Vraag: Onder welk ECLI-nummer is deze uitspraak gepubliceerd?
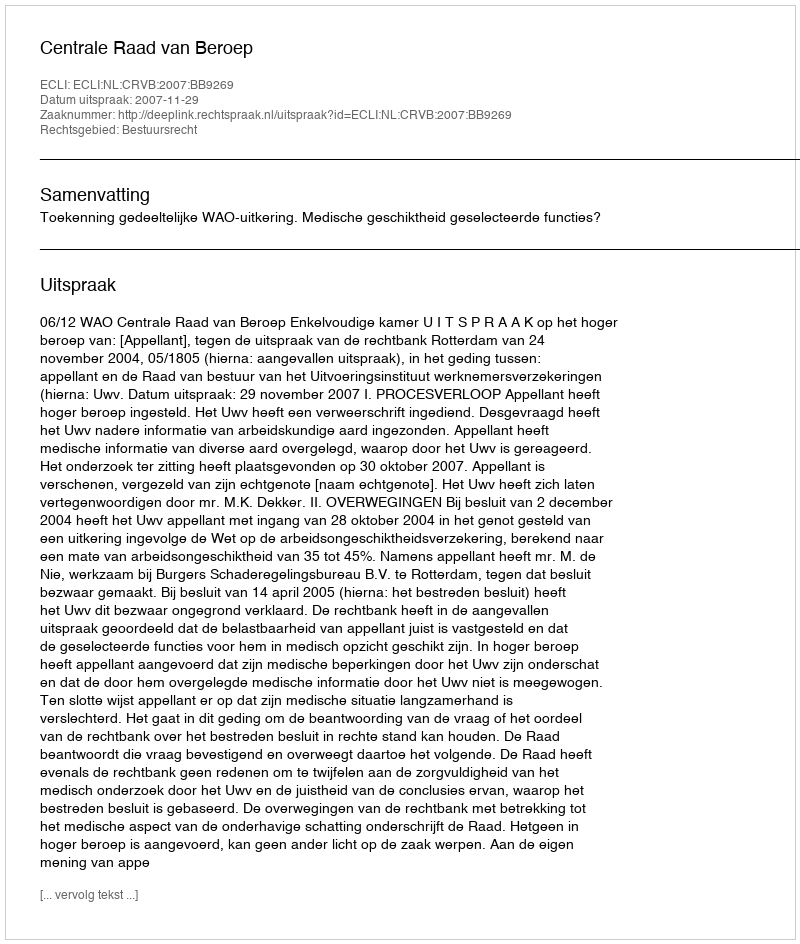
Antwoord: ECLI:NL:CRVB:2007:BB9269